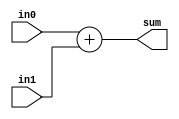
module Adder(input [31:0] in0, in1, output [31:0] sum);
	assign sum = in0 + in1;
endmodule